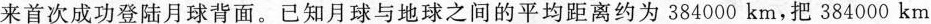
来首次成功登陆月球背面。已知月球与地球之间的平均距离约为384000km，把384000km